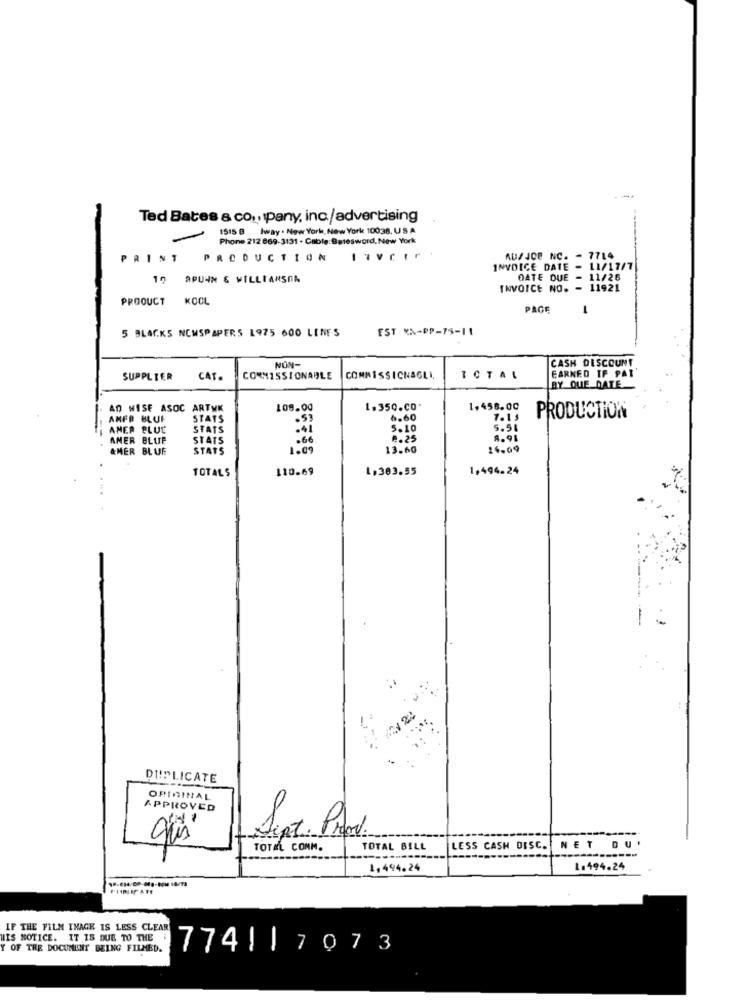
---
Ted Bates & co ., pany, inc./advertising
1515 8 Iway . New York, New York 10038. USA
-
Phone 212 669-3131 . Cable:Batesword, New York
PRINT
PRODUCTION
-
AUSJOP NC. - 7714
INVOICE DATE - 11/17/7
0 APU4M & WILLIANSOA
DATE DUE
- 11/26
INVOICE NO. - 11921
PROOUCT
KOOL
PAGE
-
5 BLACKS NEWSPAPERS 1975 600 LENES
EST XN-PP-75-11
NON-
CASH DISCOUNT
SUPPLIER
CAT.
COMMISSIONABLE
COMMISSICNAGLI,
TOTAL
EARNED IF PAT
BY QUE DATE
AD WISE ASOC ARTWK
108.00
1.350.CO.
1,458.00
AMFR BLUF
STATS
6.60
7.15
PRODUCTION
AMER BLUE
STATS
5.10
5.51
AMER BLUE
STATS
.66
8.25
8.91
AMER BLUE
STATS
13.60
24.69
110.69
1.303.55
1,494.24
TOTALS
DUPLICATE
ORIGINAL
APPROVED
Sept. Prov.
TOTAL CONM.
TOTAL BILL
LESS CASH DISC. NET
DU'
1,494.24
1.494.24
IF THE FILM IMAGE IS LESS CLEAR
IIS NOTICE. IT IS DUE TO THE
OF THE DOCUMENT BEING FILMED.
7741|7073